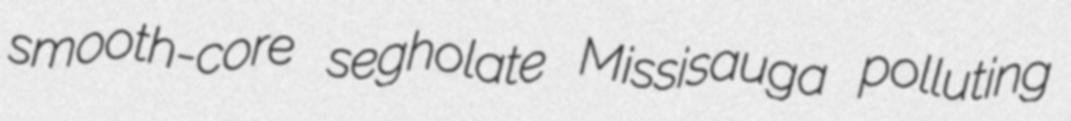
smooth-core segholate Missisauga polluting